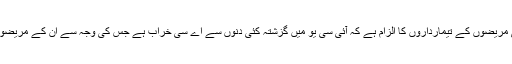
ہسپتال میں بھرتی مریضوں کے تیمارداروں کا الزام ہے کہ آئی سی یو میں گزشتہ کئی دنوں سے اے سی خراب ہے جس کی وجہ سے ان کے مریضوں کی موت ہوئی۔